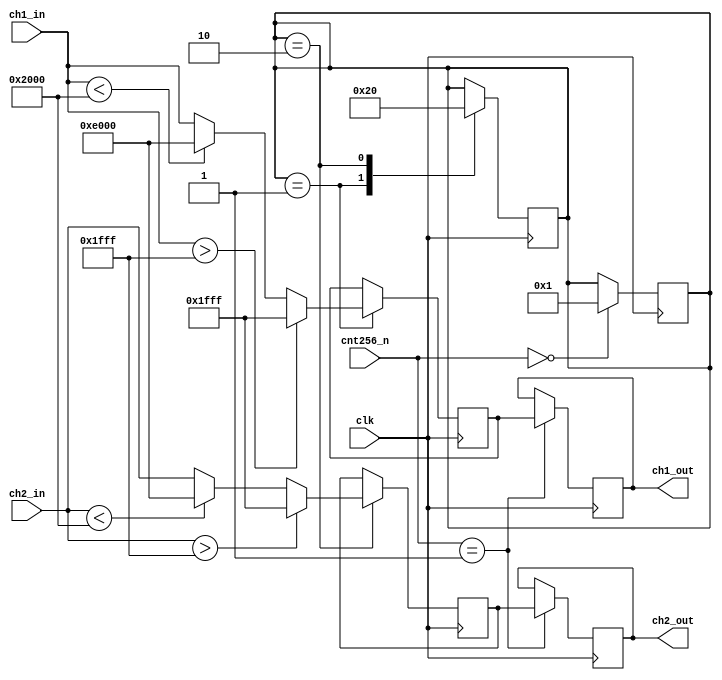
module audio_processing(
	input clk,
	input [7:0] cnt256_n,
	input signed [15:0] ch1_in,
	input signed [15:0] ch2_in,
	output reg signed [15:0] ch1_out,
	output reg signed [15:0] ch2_out
);

parameter ST_IDLE = 0;
parameter ST_CLIP_L = 1;
parameter ST_CLIP_R = 2;

reg [3:0]  state;
reg signed [15:0] ch1_buf;
reg signed [15:0] ch2_buf;

always @(posedge clk)begin
    if(cnt256_n == 8'd0)begin
        state <= ST_CLIP_L;
    end
end

always @(posedge clk)begin
	if(cnt256_n == 8'd1)begin
		ch1_out <= ch1_buf;
		ch2_out <= ch2_buf;
	end
end

always @(posedge clk)begin
	case(state)
		ST_IDLE : begin
			//No Action
		end
		ST_CLIP_L : begin
			if(ch1_in > $signed(16'h1FFF))begin
				ch1_buf <= 16'h1FFF;
			end
			else if(ch1_in < $signed(16'hE000))begin
				ch1_buf <= 16'hE000;
			end
			else begin
				ch1_buf <= ch1_in;
			end
			state <= ST_CLIP_R;
		end
		ST_CLIP_R : begin
			if(ch2_in > $signed(16'h1FFF))begin
				ch2_buf <= 16'h1FFF;
			end
			else if(ch2_in < $signed(16'hE000))begin
				ch2_buf <= 16'hE000;
			end
			else begin
				ch2_buf <= ch2_in;
			end
			state <= ST_IDLE;
		end
	endcase
end

endmodule